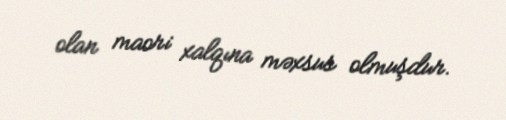
olan maori xalqına məxsus olmuşdur.